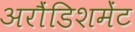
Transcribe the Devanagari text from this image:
अरौंडिशमेंट